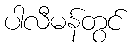
ပါလီမန်တွင်